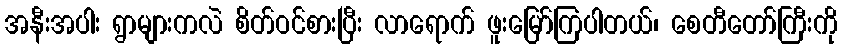
အနီးအပါး ရွာများကလဲ စိတ်ဝင်စားပြီး လာရောက် ဖူးမြော်ကြပါတယ်၊ စေတီတော်ကြီးကို